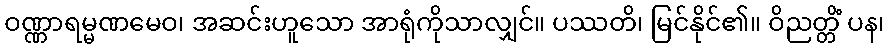
ဝဏ္ဏာရမ္မဏမေဝ၊ အဆင်းဟူသော အာရုံကိုသာလျှင်။ ပဿတိ၊ မြင်နိုင်၏။ ဝိညတ္တိံ ပန၊